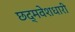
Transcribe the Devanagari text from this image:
छद्‍मवेशधारी